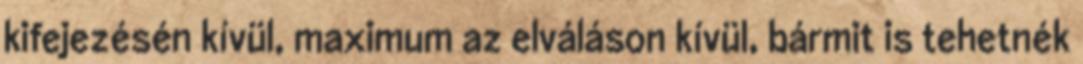
kifejezésén kívül, maximum az elváláson kívül, bármit is tehetnék